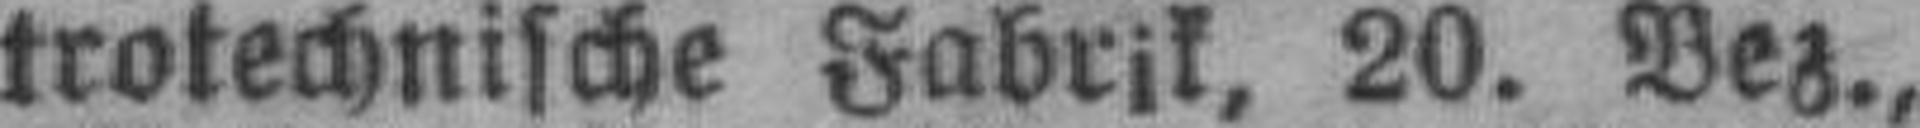
trotechnische Fabrik, 20. Bez.,